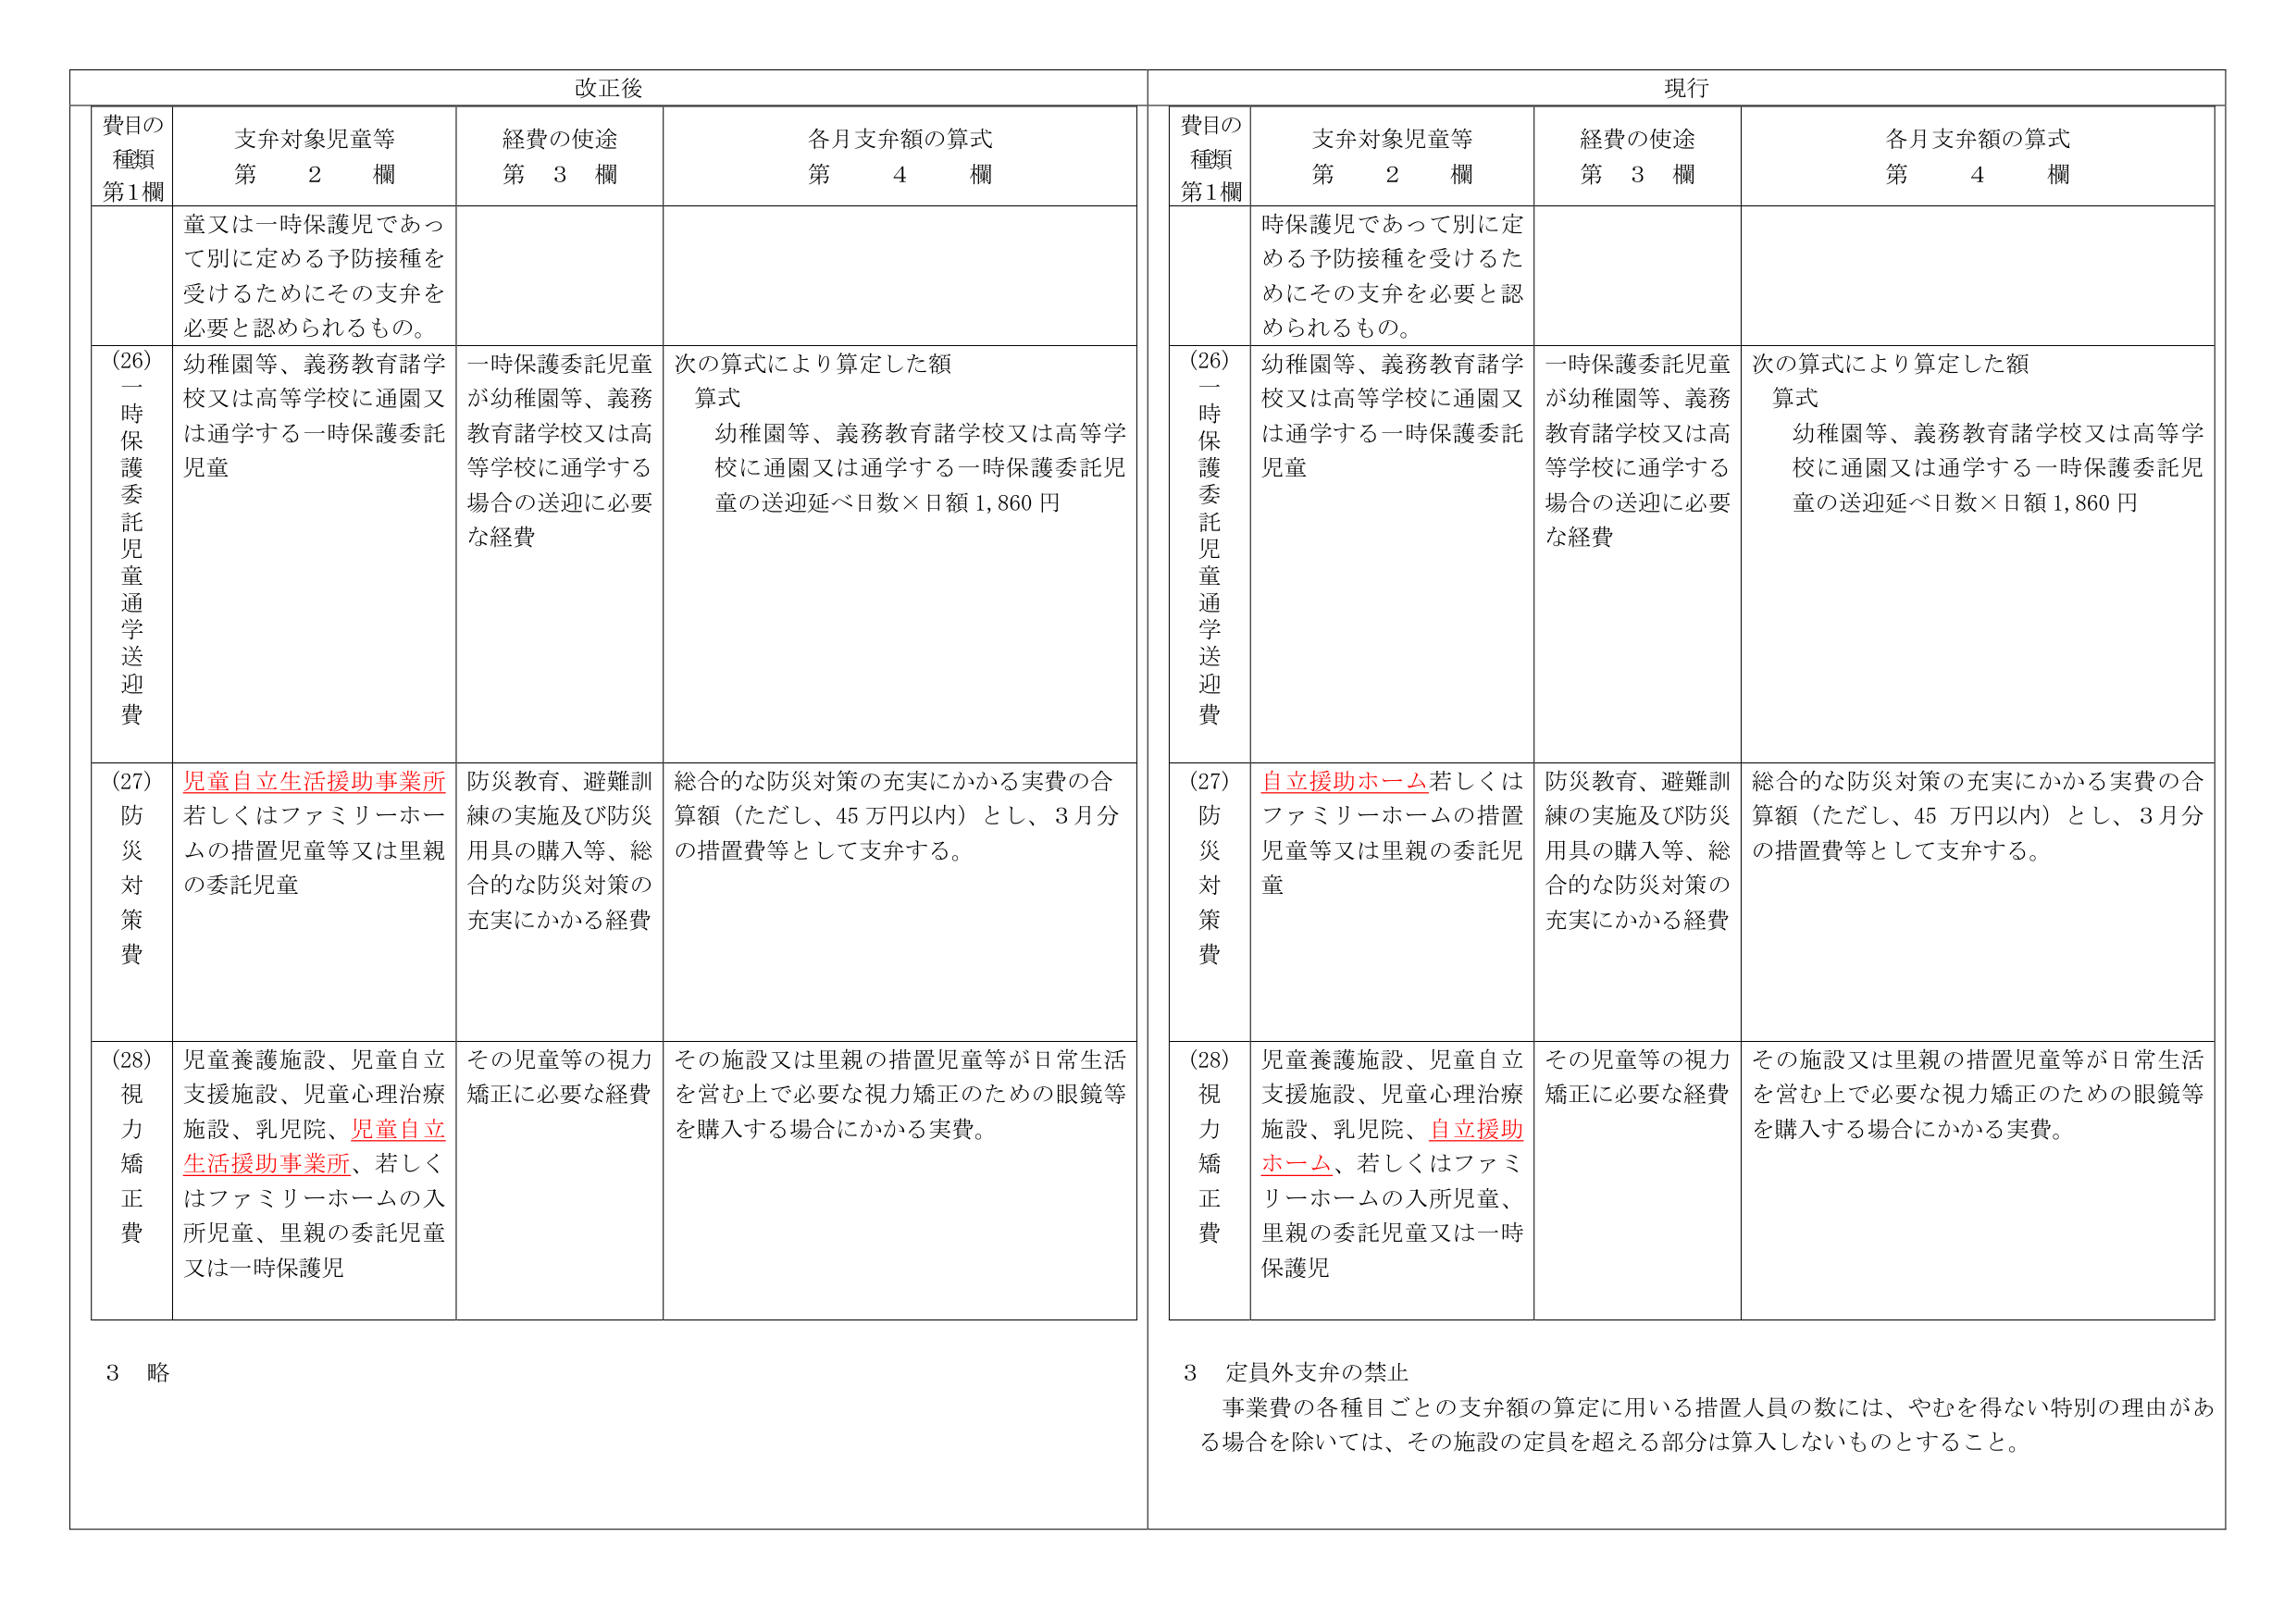
改正後

費目の種類 第1欄
支弁対象児童等 第 2 欄
経費の使途 第 3 欄
各月支弁額の算式 第 4 欄

童又は一時保護児であって別に定める予防接種を受けるためにその支弁を必要と認められるもの。

(26) 一時保護委託児童通学送迎費
幼稚園等、義務教育諸学校又は高等学校に通園又は通学する一時保護委託児童
一時保護委託児童が幼稚園等、義務教育諸学校又は高等学校に通学する場合の送迎に必要な経費
次の算式により算定した額
算式
幼稚園等、義務教育諸学校又は高等学校に通園又は通学する一時保護委託児童の送迎延べ日数×日額1,860円

(27) 防災対策費
児童自立生活援助事業所若しくはファミリーホームの措置児童等又は里親の委託児童
防災教育、避難訓練の実施及び防災用具の購入等、総合的な防災対策の充実にかかる経費
総合的な防災対策の充実にかかる実費の合算額（ただし、45万円以内）とし、3月分の措置費等として支弁する。

(28) 視力矯正費
児童養護施設、児童自立支援施設、児童心理治療施設、乳児院、児童自立生活援助事業所、若しくはファミリーホームの入所児童、里親の委託児童又は一時保護児
その児童等の視力矯正に必要な経費
その施設又は里親の措置児童等が日常生活を営む上で必要な視力矯正のための眼鏡等を購入する場合にかかる実費。

3 略

現行

費目の種類 第1欄
支弁対象児童等 第 2 欄
経費の使途 第 3 欄
各月支弁額の算式 第 4 欄

時保護児であって別に定める予防接種を受けるためにその支弁を必要と認められるもの。

(26) 一時保護委託児童通学送迎費
幼稚園等、義務教育諸学校又は高等学校に通園又は通学する一時保護委託児童
一時保護委託児童が幼稚園等、義務教育諸学校又は高等学校に通学する場合の送迎に必要な経費
次の算式により算定した額
算式
幼稚園等、義務教育諸学校又は高等学校に通園又は通学する一時保護委託児童の送迎延べ日数×日額1,860円

(27) 防災対策費
自立援助ホーム若しくはファミリーホームの措置児童等又は里親の委託児童
防災教育、避難訓練の実施及び防災用具の購入等、総合的な防災対策の充実にかかる経費
総合的な防災対策の充実にかかる実費の合算額（ただし、45万円以内）とし、3月分の措置費等として支弁する。

(28) 視力矯正費
児童養護施設、児童自立支援施設、児童心理治療施設、乳児院、自立援助ホーム、若しくはファミリーホームの入所児童、里親の委託児童又は一時保護児
その児童等の視力矯正に必要な経費
その施設又は里親の措置児童等が日常生活を営む上で必要な視力矯正のための眼鏡等を購入する場合にかかる実費。

3 定員外支弁の禁止
事業費の各種目ごとの支弁額の算定に用いる措置人員の数には、やむを得ない特別の理由がある場合を除いては、その施設の定員を超える部分は算入しないものとすること。